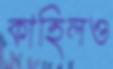
কাহিলও